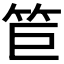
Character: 𥬙